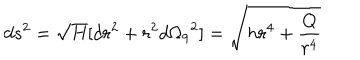
d s ^ { 2 } = \sqrt { H } [ d r ^ { 2 } + r ^ { 2 } { d \Omega _ { 9 } } ^ { 2 } ] = \sqrt { h r ^ { 4 } + \frac { Q } { r ^ { 4 } } }